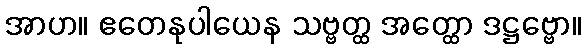
အာဟ။ ဧတေနုပါယေန သဗ္ဗတ္ထ အတ္ထော ဒဋ္ဌဗ္ဗော။